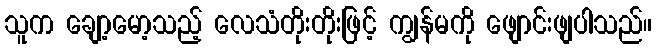
သူက ချော့မော့သည့် လေသံတိုးတိုးဖြင့် ကျွန်မကို ဖျောင်းဖျပါသည်။